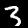
Label: 3